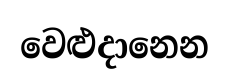
වෙළුදානෙන